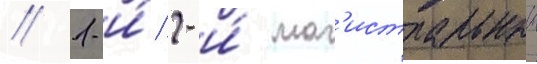
// 1-и́/ 2-и́ маг'истральныи